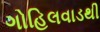
ગોહિલવાડથી